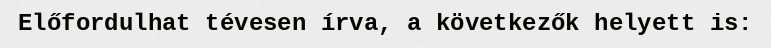
Előfordulhat tévesen írva, a következők helyett is: